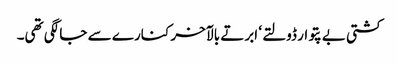
کشتی بے پتوار ڈولتے ‘ ابرتے بالآخر کنارے سے جا لگی تھی۔